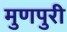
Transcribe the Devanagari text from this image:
मुणपुरी